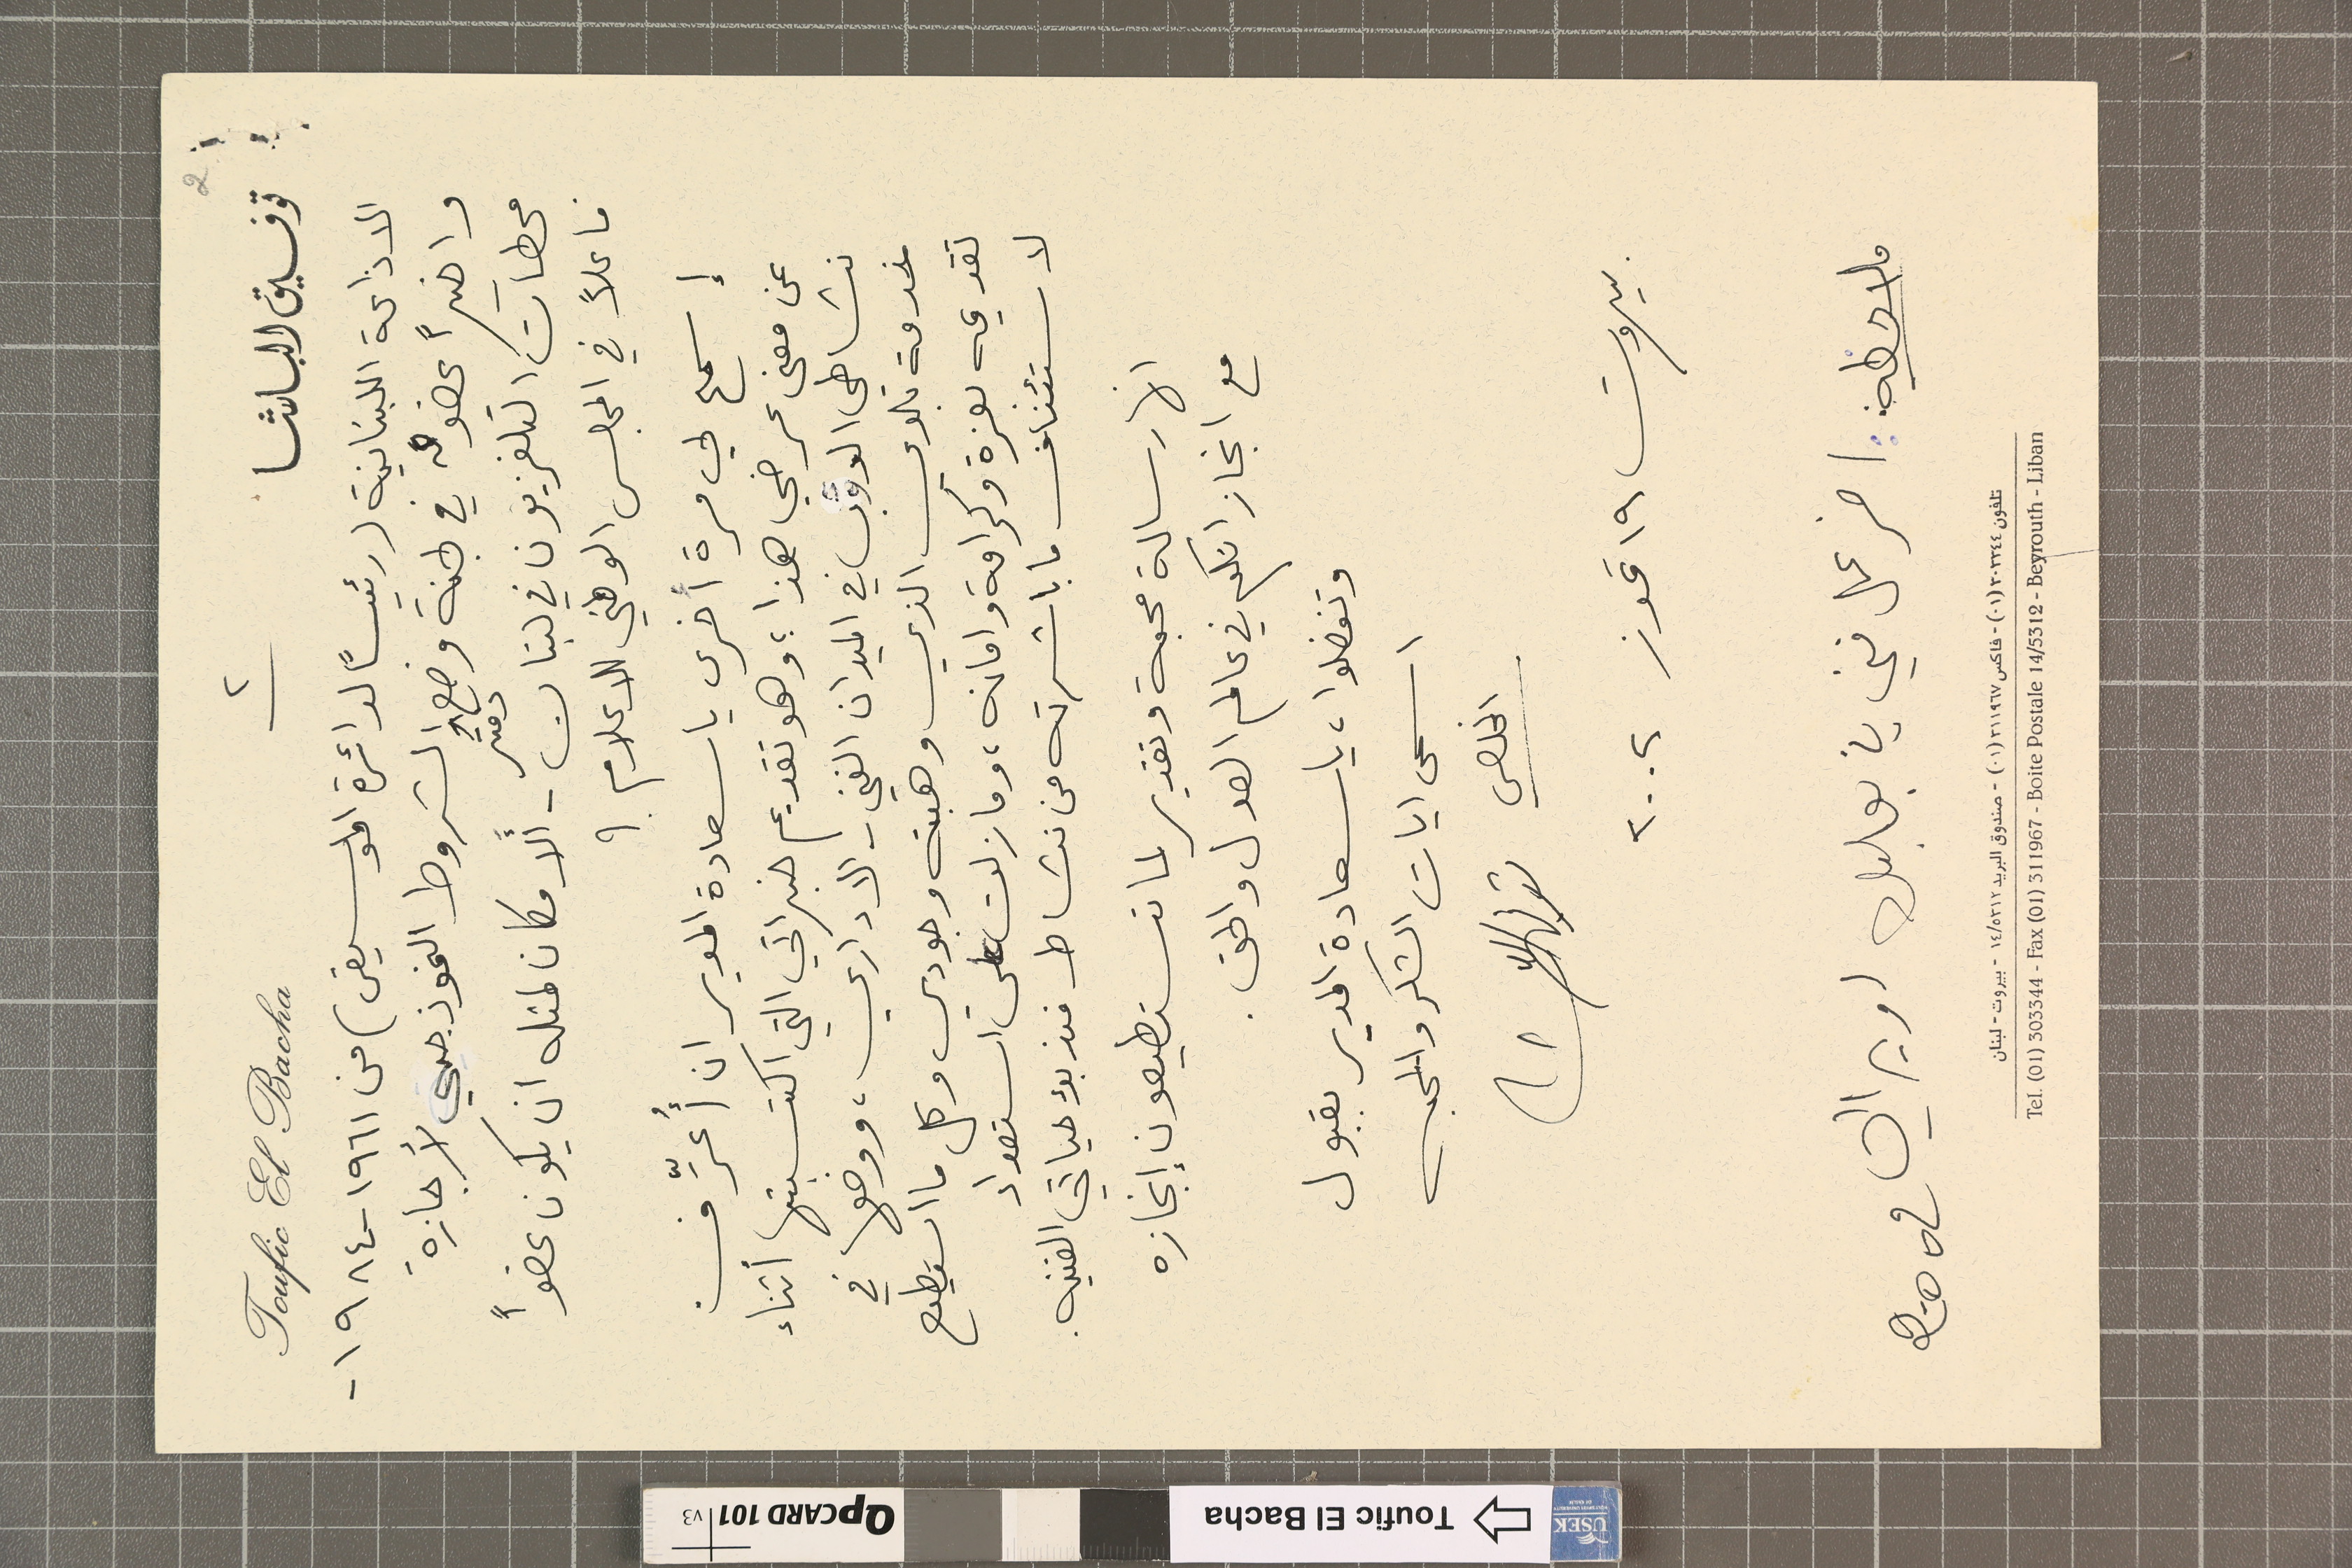
٢			2
توفيق الباشا				Toufic El Bacha
الاذاعة اللبنانية (رئيساً لدائرة الموسيقى) من ١٩٦١ - ١٩٨٤ -
واخيراً عضوٌ في لجنة وضع دفتر الشروط النموذجي لأجازة
محطآت التلفزيون في لبنان - أَلا مكان لمثله ان يكون عضواً
فاعلاً في المجلس الوطني للاعلام ؟
إسمح لي مرة أخرى يا سعادة المدير ان أُعرِّفْ
عن معنى عرضي هذا ؛ وهو تقديم خبراتي التي اكتسبتها أثناء
نشاطي الدؤب في الميدان الفني - الاداري، ووضعها في
خدمة بلدي الذي وهبته وجودي وكل ما استطيع
تقديمه بعزة وكرامة وامانه، وما زلت على استعداد
لاستئناف ما باشرته من نشاط من نشاط منذ بدء حياتي الفنيه.
انها رسالة محبة وتقدير لما تستطيعون إنجازه
مع انجازاتكم في عالم العدل والحق.
وتفضلوا، يا سعادة المدير بقبول
اسمى ايات الشكر والمحبه
المخلص توفيق الباشا
بيروت ١٩ تموز ٢٠٠٢
ملاحظه : : اخر عمل فني في بعلبك اوبرالي 2002
تلفون ٣٠٣٣٤٤(٠١) - فاكس ٣١١٩٦٧(٠١) - صندوق البريد ٥٣١٢/١٤ - بيروت - لبنان
Tel. (01) 303344 - Fax (01) 311967 - Boite Postale 14/5312 - Beyrouth - Liban